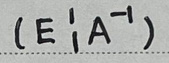
$( E \vert A ^ { - 1 } )$